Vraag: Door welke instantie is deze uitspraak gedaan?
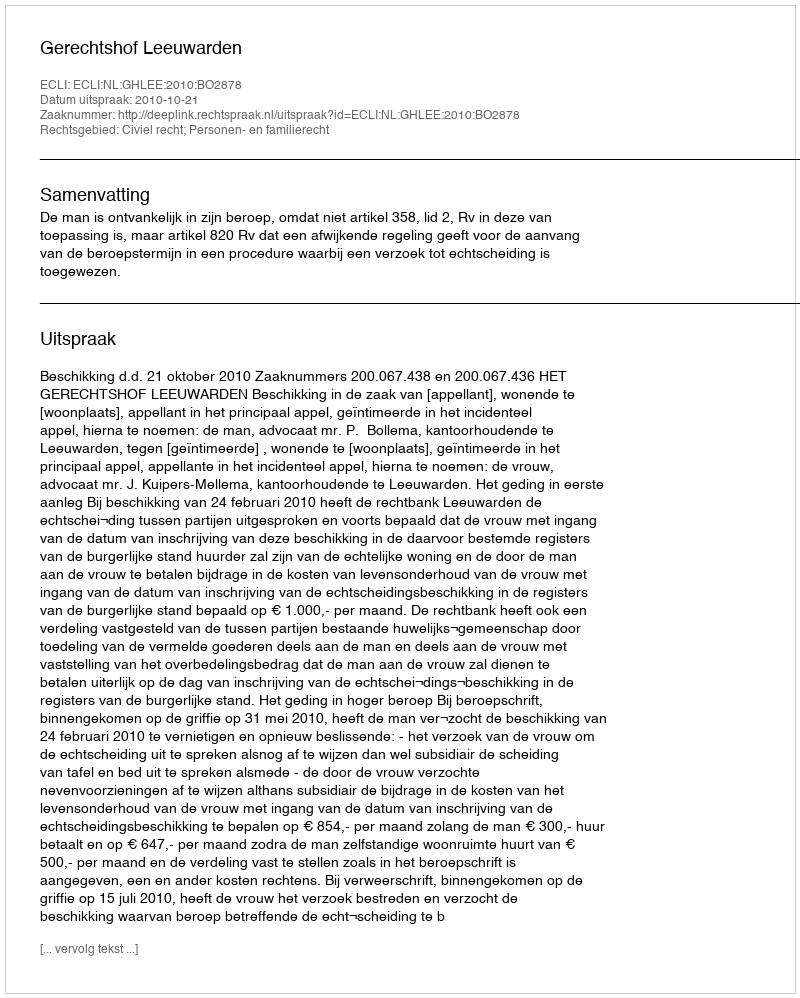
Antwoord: Gerechtshof Leeuwarden